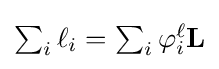
{\textstyle \sum _{i}\mathbf {\ell } _{i}=\sum _{i}\varphi _{i}^{\ell }\mathbf {L} }